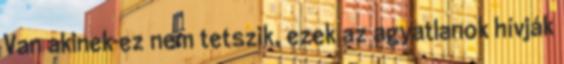
Van akinek ez nem tetszik, ezek az agyatlanok hívják